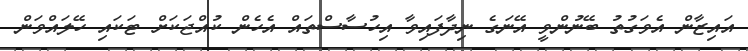
އައިޒާން އެވަގުތު ބޭނުންވީ އޭނަގެ ނިދާފައިވާ އިހުސާސްތައް އެހެން ކުއްޖަކަށް ޓަކައި ހޭލައްވަން